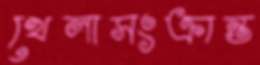
খেলাসংক্রান্ত